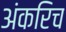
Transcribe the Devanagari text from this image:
अंकरिच